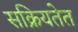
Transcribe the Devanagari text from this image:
सक्रियतेत